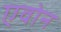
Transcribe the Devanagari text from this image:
एवोन